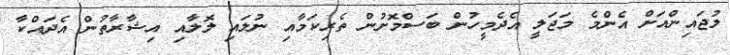
ލުޖައިންއަށް އެންމެ މަޖަލީ އެދެމީހުން ބަސްމޮށުން ތެރިކަމާއި ނުލައި ލޮލާއި އިޝާރާތުން އެދައްކާ